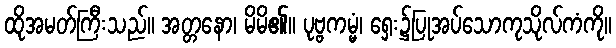
ထိုအမတ်ကြီးသည်။ အတ္တနော၊ မိမိ၏။ ပုဗ္ဗကမ္မံ၊ ရှေး၌ပြုအပ်သောကုသိုလ်ကံကို။